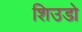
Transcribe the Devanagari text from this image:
शिउडो